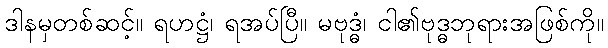
ဒါနမှတစ်ဆင့်။ ရဟဋ္ဌံ၊ ရအပ်ပြီ။ မဗုဒ္ဓံ၊ ငါ၏ဗုဒ္ဓဘုရားအဖြစ်ကို။